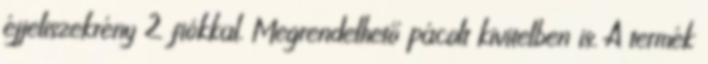
éjjeliszekrény 2 fiókkal. Megrendelhető pácolt kivitelben is. A termék